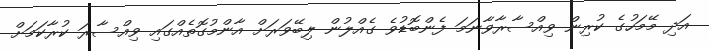
އަދި މޭމަހުގެ ކުރިން ވިއްސާރާވާނަމަ ފެންބޮޑުވެ ގެއްލުން ލިބޭވަރަށް އާންމުގޮތެއްގައި ވިއްސާރަ ކުރާކަމަށް